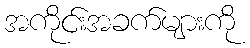
အကိုင်းအခက်များကို